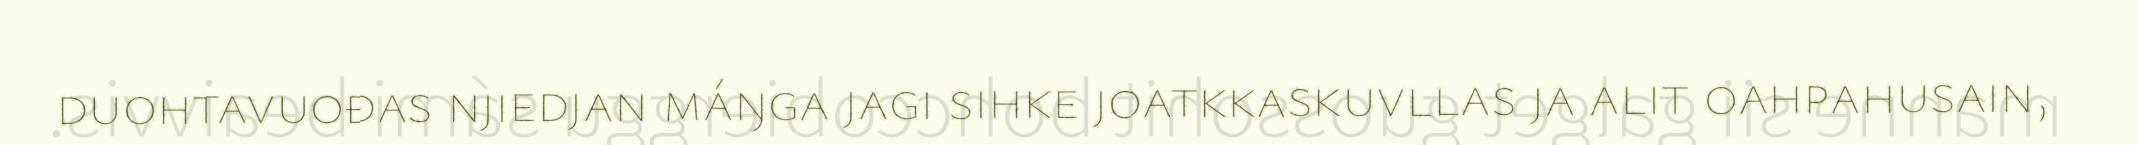
duohtavuođas njiedjan máŋga jagi sihke joatkkaskuvllas ja alit oahpahusain,